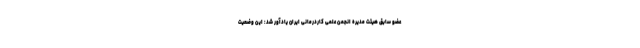
عضو سابق هیئت مدیره انجمن علمی کاردرمانی ایران یادآور شد: این وضعیت